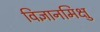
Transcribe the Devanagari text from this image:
विज्ञानमिक्षु